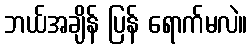
ဘယ်အချိန် ပြန် ရောက်မလဲ။